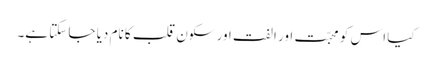
کیا اس کو محبّت اور الفت اور سکون قلب کا نام دیا جا سکتا ہے۔